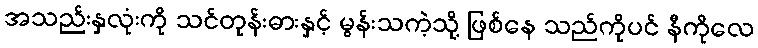
အသည်းနှလုံးကို သင်တုန်းဓားနှင့် မွန်းသကဲ့သို့ ဖြစ်နေ သည်ကိုပင် နီကိုလေ